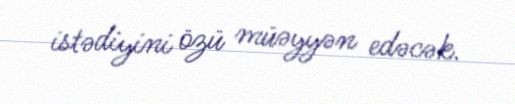
istədiyini özü müəyyən edəcək.